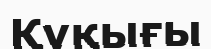
Құқығы